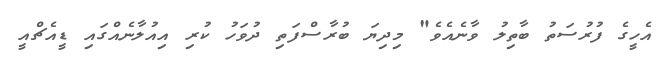
އެހީގެ ފުރުސަތު ބާތިލު ވާނެއެވެ" މިދިޔަ ބުރާސްފަތި ދުވަހު ކުރި އިއުލާނެއްގައި ޑީއެޗްއީ